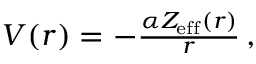
\begin{array} { r } { V ( r ) = - \frac { \alpha Z _ { \mathrm { e f f } } ( r ) } { r } \, , } \end{array}